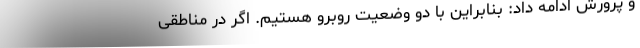
و پرورش ادامه داد: بنابراین با دو وضعیت روبرو هستیم. اگر در مناطقی